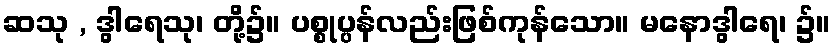
ဆသု , ဒွါရေသု၊ တို့၌။ ပစ္စုပ္ပန်လည်းဖြစ်ကုန်သော။ မနောဒွါရေ၊ ၌။